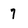
Character: 7